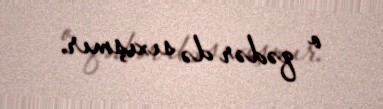
o qədər də sıxışmır.